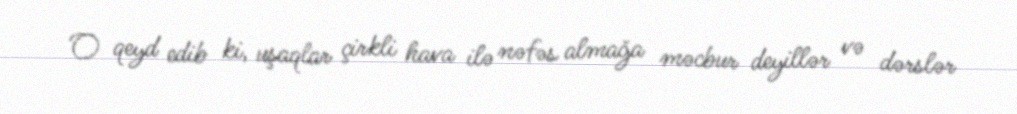
O qeyd edib ki, uşaqlar çirkli hava ilə nəfəs almağa məcbur deyillər və dərslər